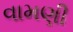
વામણી